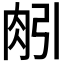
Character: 𦙢